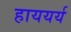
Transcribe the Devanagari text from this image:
हाययर्य